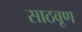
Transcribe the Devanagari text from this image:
साठवूण